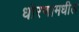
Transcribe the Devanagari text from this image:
धोरणामधील